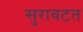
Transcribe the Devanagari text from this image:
सुरावटत